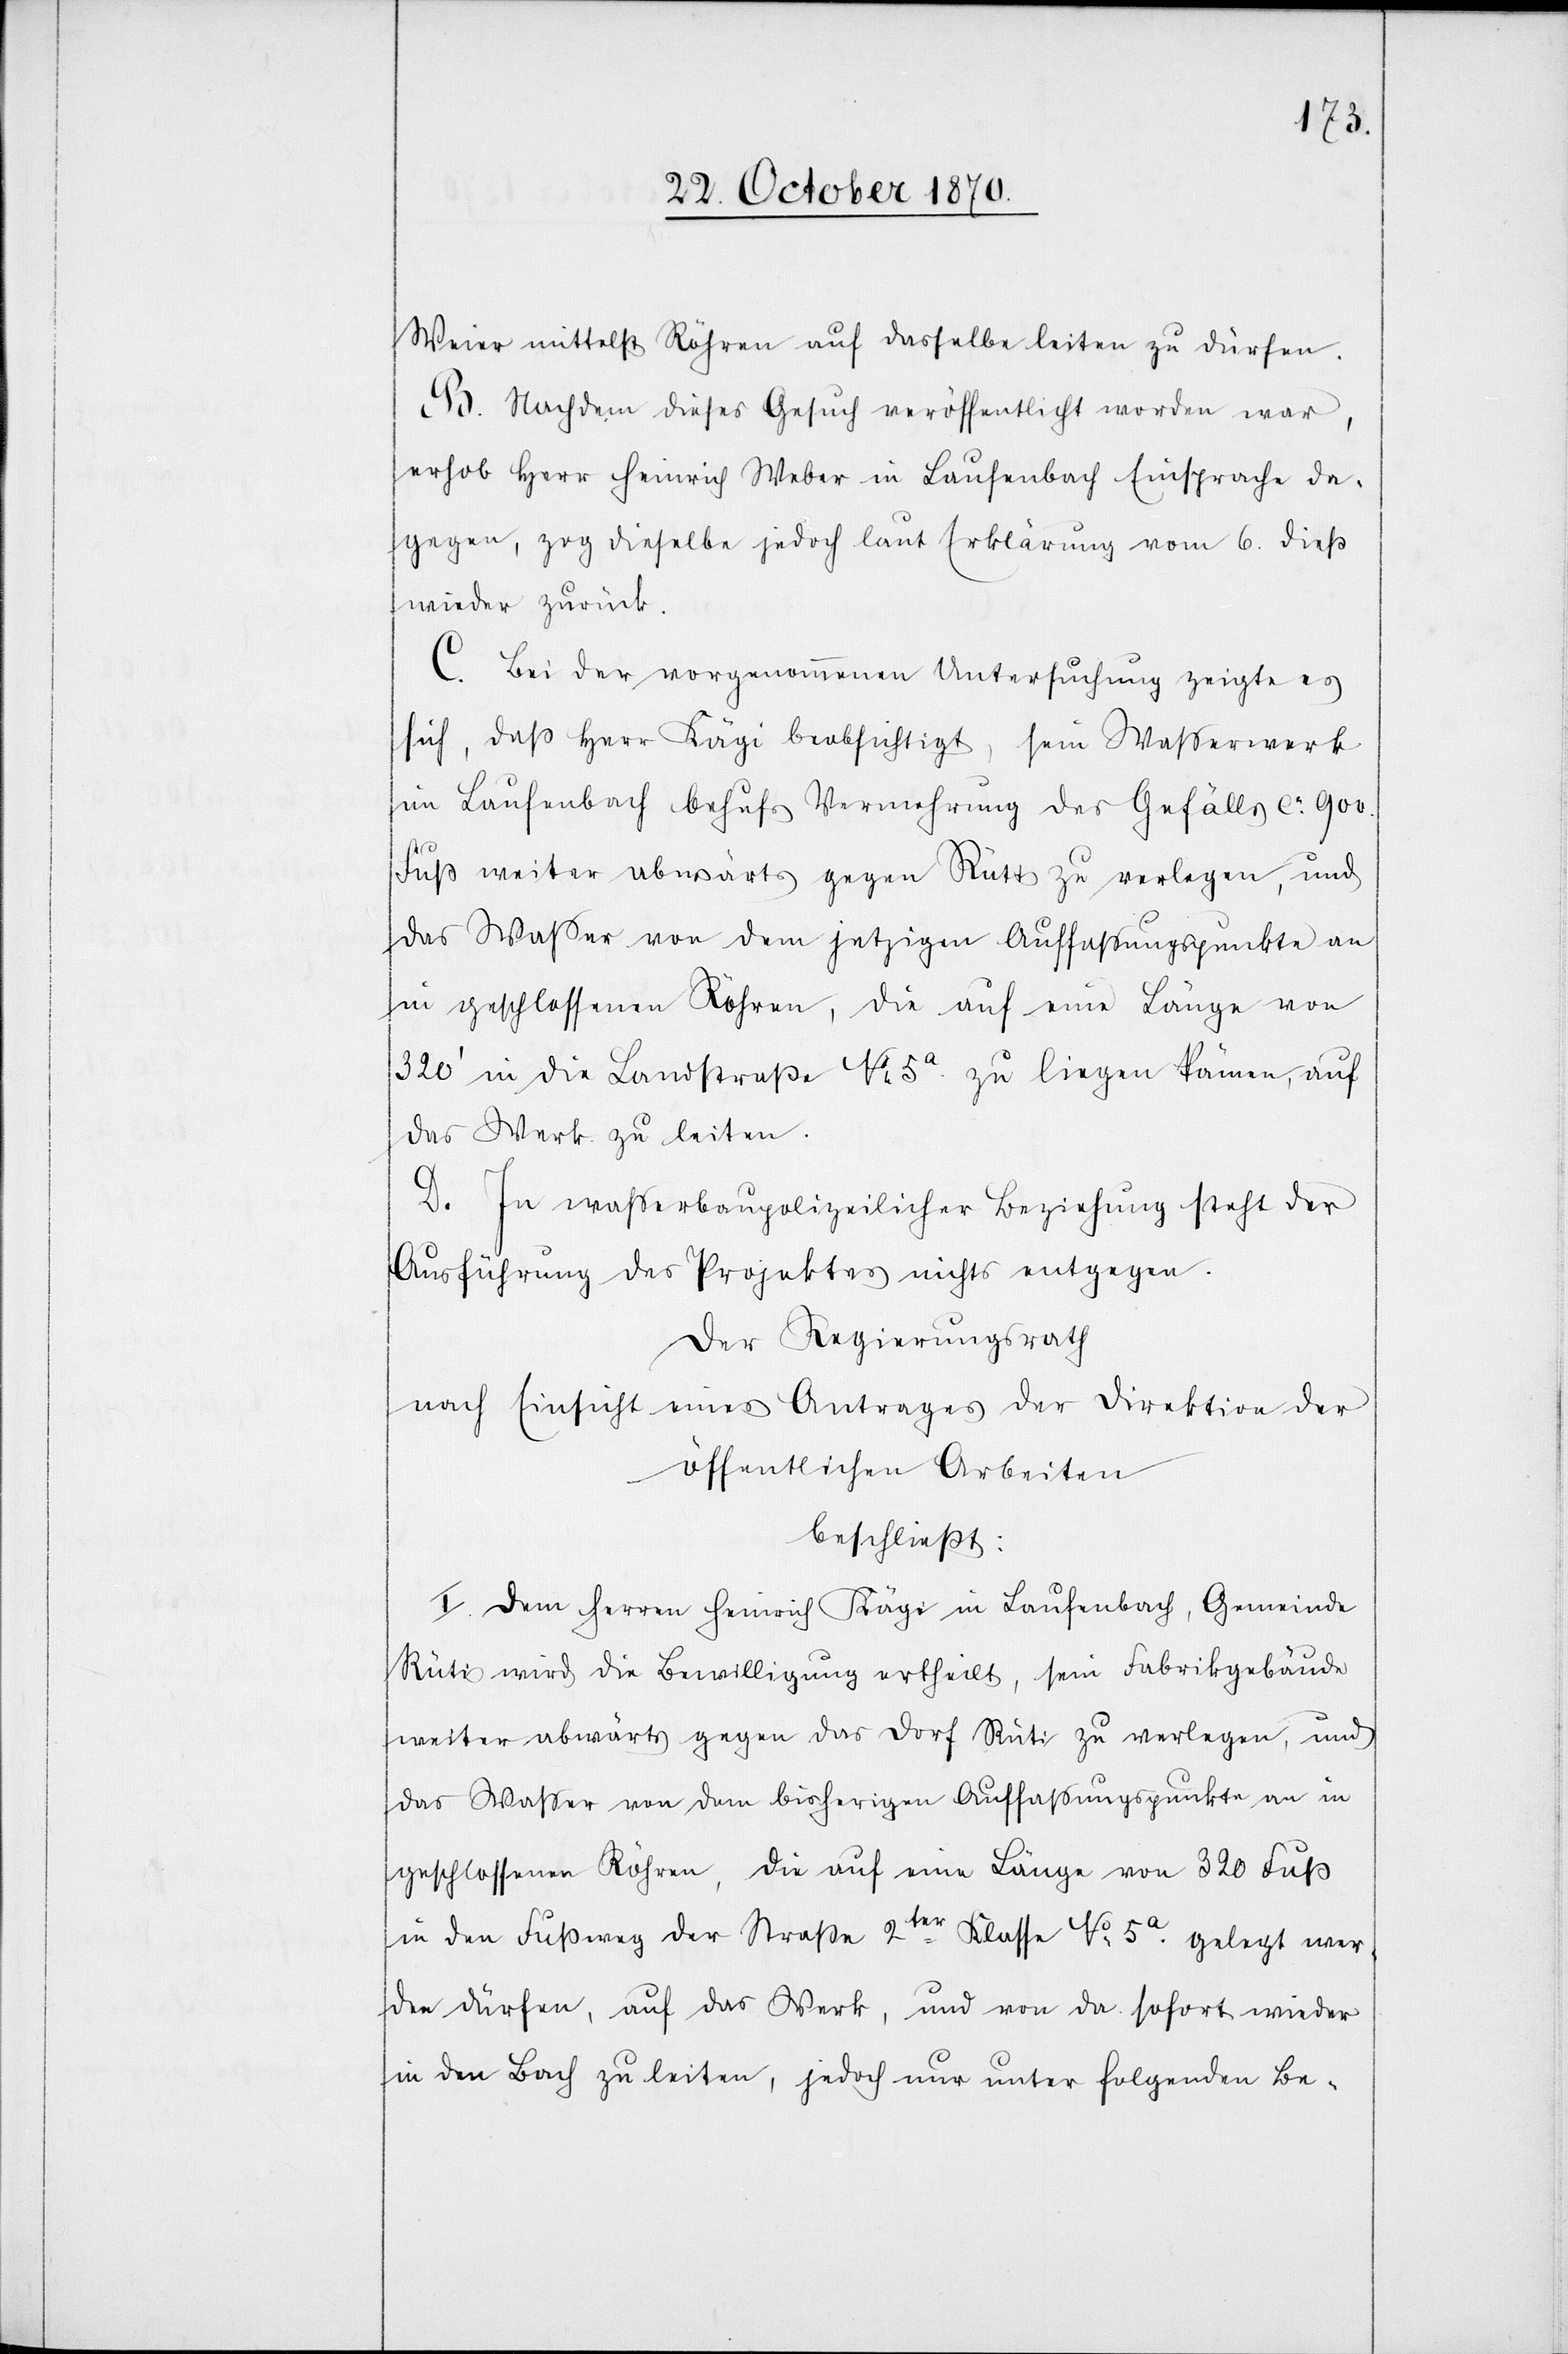
Weier mittelst Röhren auf dasselbe leiten zu dürfen.
B. Nachdem dieses Gesuch veröffentlicht worden war,
erhob Herr Heinrich Weber in Laufenbach Einsprache da¬
gegen, zog dieselbe jedoch laut Erklärung vom 6. dieß
wieder zurück.
C. Bei der vorgenommenen Untersuchung zeigte es
sich, daß Herr Kägi beabsichtigt, sein Wasserwerk
im Laufenbach behufs Vermehrung des Gefälls ca: 900
Fuß weiter abwärts gegen Rüti zu verlegen, und
das Waßer von dem jetzigen Auffaßungspunkte an
in geschlossenen Röhren, die auf eine Länge von
320’ in die Landstraße No 5a zu liegen kämen, auf
das Werk zu leiten.
D. In waßerbaupolizeilicher Beziehung steht der
Ausführung des Projektes nichts entgegen.
Der Regierungsrath
nach Einsicht eines Antrages der Direktion der
öffentlichen Arbeiten
beschließt:
I. Dem Herren Heinrich Kägi in Laufenbach, Gemeinde
Rüti wird die Bewilligung ertheilt, sein Fabrikgebäude
weiter abwärts gegen das Dorf Rüti zu verlegen, und
das Waßer von dem bisherigen Auffaßungspunkte an in
geschlossenen Röhren, die auf eine Länge von 320 Fuß
in den Fußweg der Straße 2ter Klasse No 5a. gelegt wer¬
den dürfen, auf das Werk, und von da sofort wieder
in den Bach zu leiten, jedoch nur unter folgenden Be-